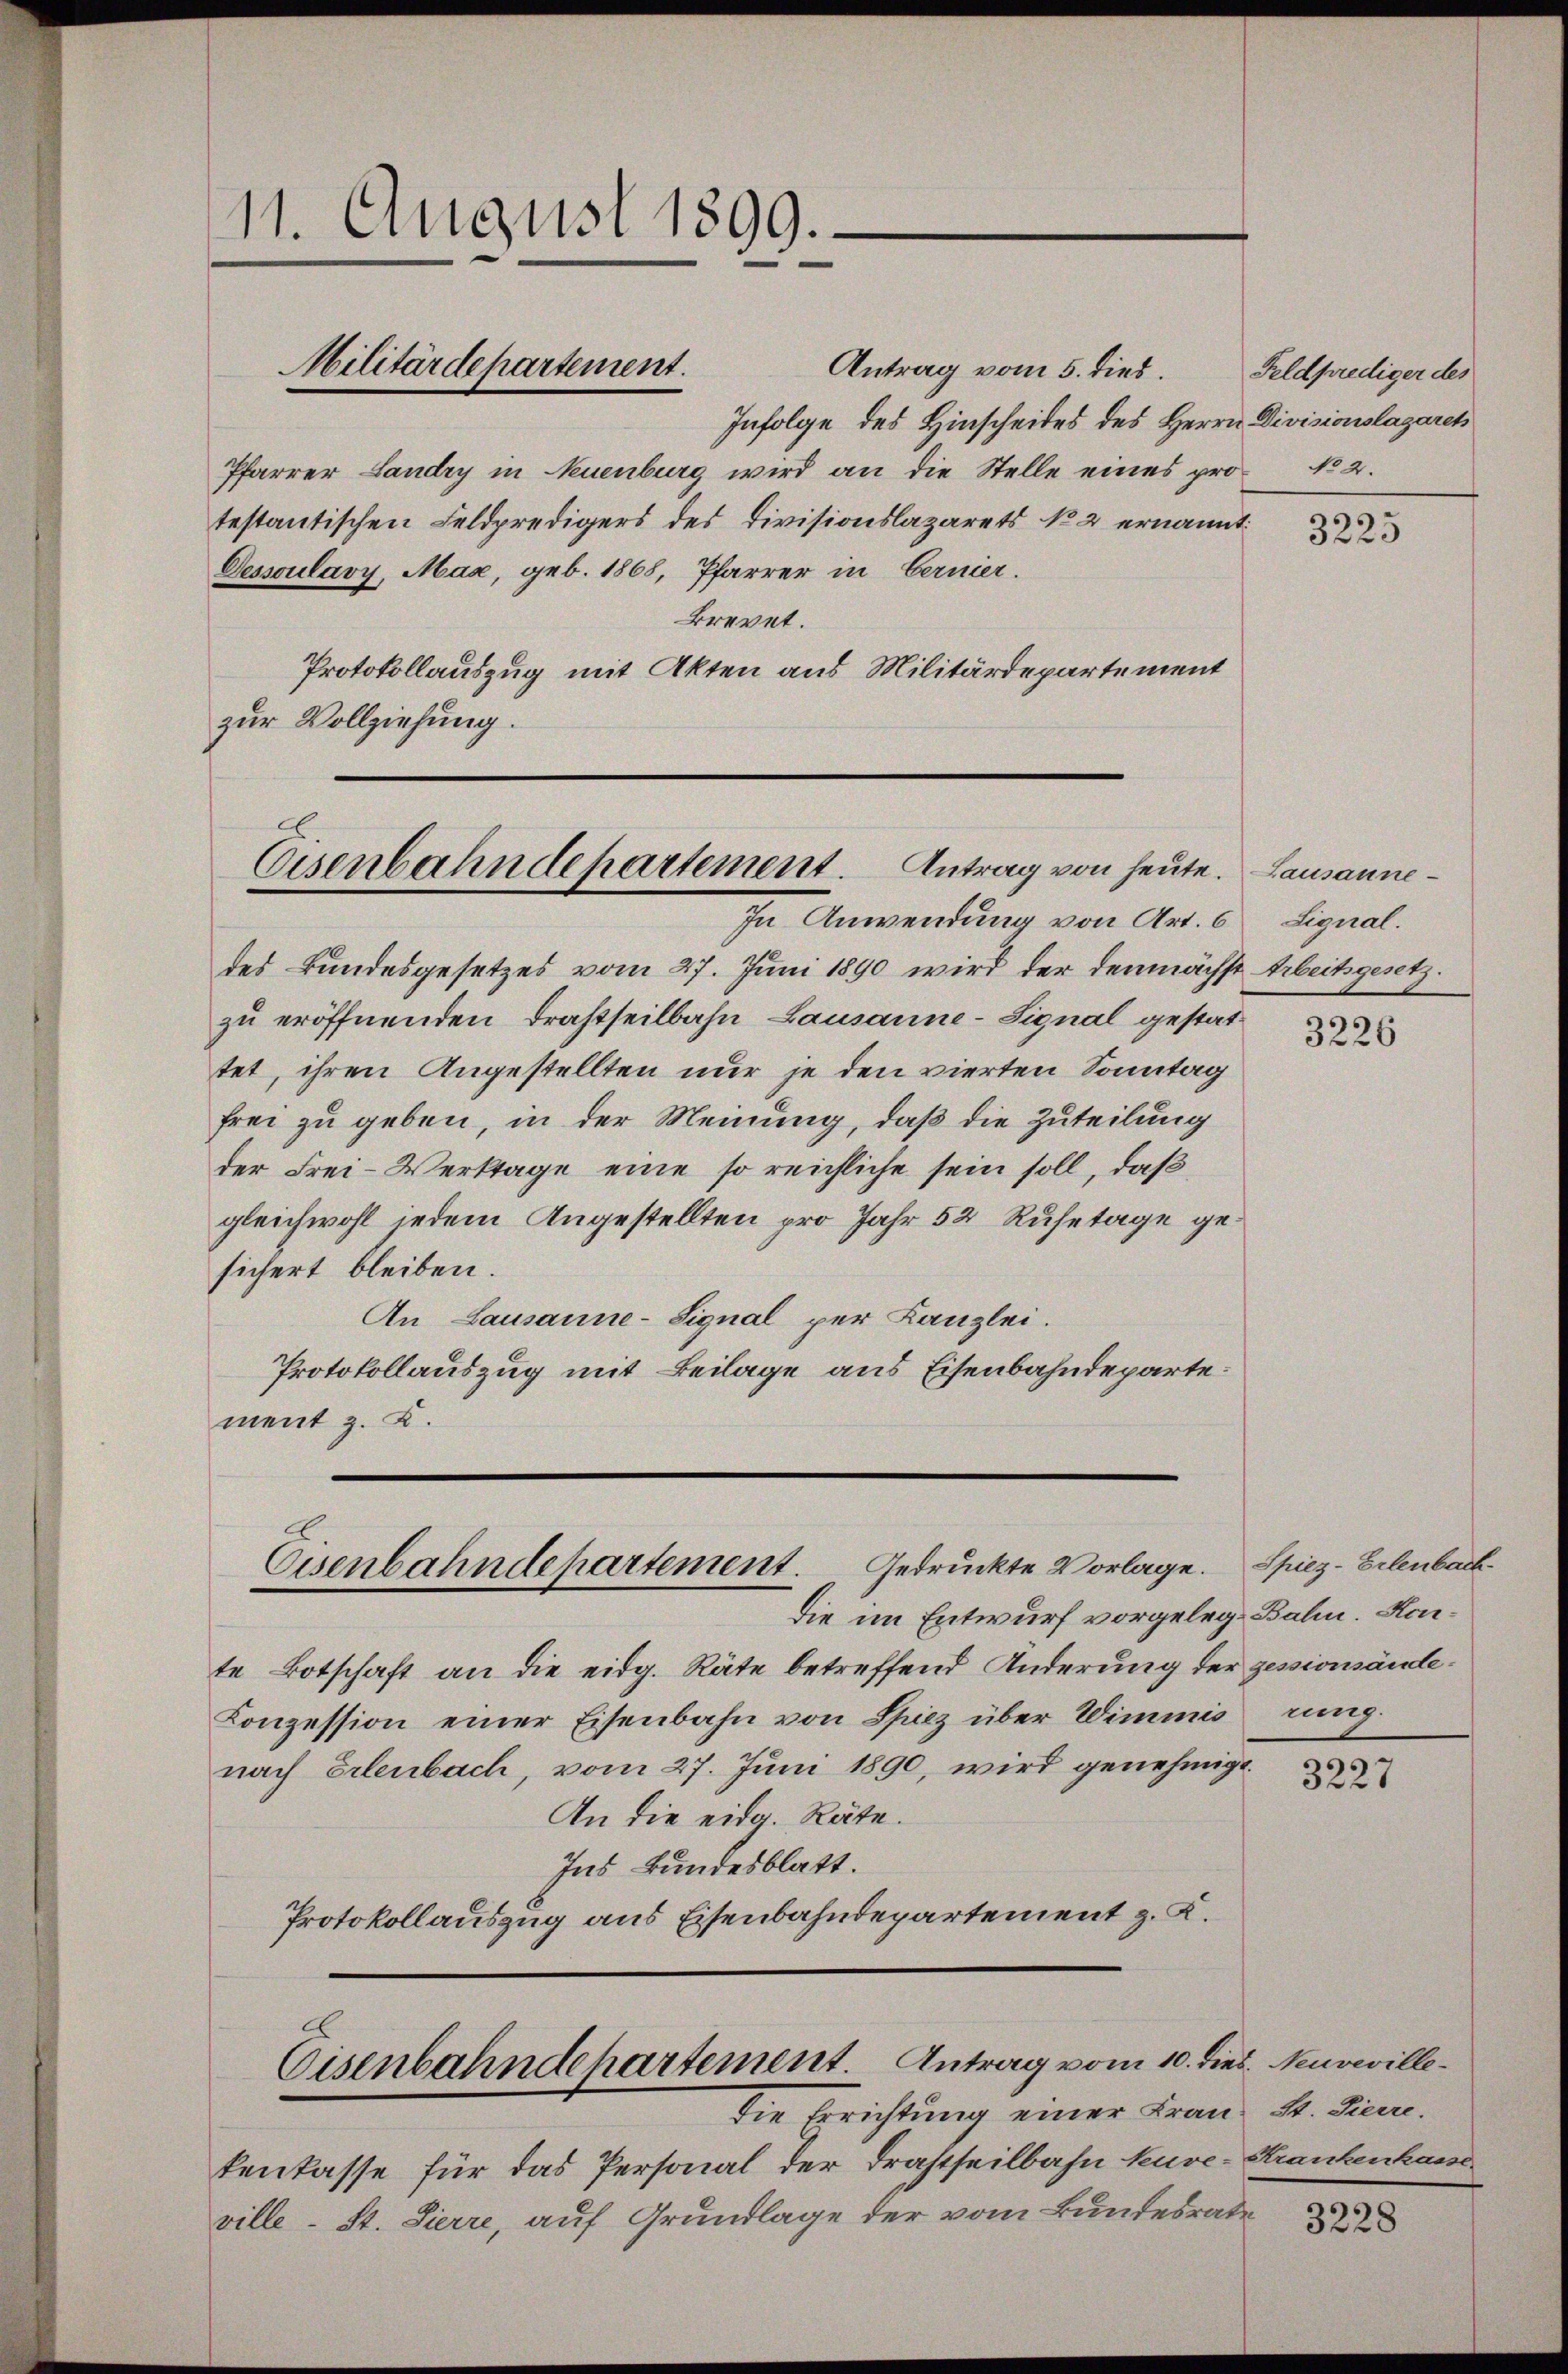
11. August 1899.

Antrag vom 5. dies.
Infolge des Hinscheides des Herrn Divisionslagaret
Pfarrer Landry in Neuenburg wird an die Stelle eines protestantischen Feldpredigers des Divisionslazarets No 2 ernannt:
Dessoulavy, Mad, geb. 1868, Pfarrer in Bernier.
Brevet.
Protokollauszug mit Akten aus Militärdepartement
zur Vollziehung.

Militärdepartement.

Eisenbahndepartement. Antrag von heute. Lausanne¬

In Anwendung von Art. 6
des Bundesgesetzes vom 27. Juni 1890 wird der demnächst Arbeitsgesetzzu eröffnenden Drahtheilbahn Lausanne-Signal gestattet, ihren Angestellten nur je den vierten Sonntag
frei zu geben, in der Meinung, daß die Zuteilung
der Frei- Verktage eine so reichliche sein soll, daß
gleichwohl jedem Angestellten pro Jahr 52 Ruhetage gesichert bleiben.
An Lausanne-Signal per Kanzlei.
Protokollauszug mit Beilage aus Eisenbahndeparte.
ment z. B.

Eisenbahndepartement. Gedruckte Vorlage.

Die im Entwurf vorgelege Bahn. Honte Botschaft an die eidg. Räte betreffend Änderung der gessionsände¬
Conzession einer Eisenbahn von Spiez über Wimmis rung.
nach Erlenbach, vom 27. Juni 1890, wird genehmigt.
An die eidg. Räte.
Ins Bundesblatt.
Protokollauszug aus Eisenbahndepartement z. K.

Eisenbahndepartement. Antrag vom 10. dies. Neuveville
die Errichtung einer Frau St. Siene.

kenkasse für das Personal der Drastheilbahn kuve-Krankenhause
ville - St. Sierre, auf Grundlage der vom Bundesrate

Feldprediger des
No 2.

3225

Signal.

3226

Spiez-Erlenbach

3227

3228